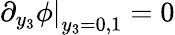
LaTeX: \left.\partial_{y_{3}}\phi\right|_{y_{3}=0,1}=0